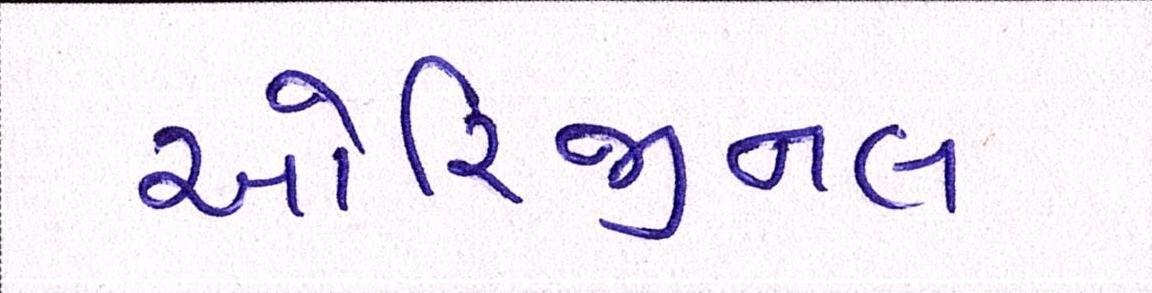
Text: ઓરિજીનલ